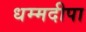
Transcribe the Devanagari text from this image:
धम्मदीपा